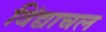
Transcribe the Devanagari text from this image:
विंद्याचल